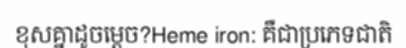
ខុសគ្នាដូចម្តេច?Heme iron: គឺជាប្រភេទជាតិ